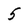
Character: 5